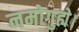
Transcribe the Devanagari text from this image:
नमोगुह्ये।